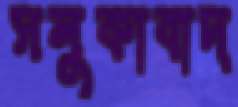
সলুকাবাদ